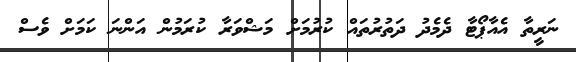
ނަރީތާ އެއާޕޯޓާ ދެމެދު ދަތުރުތައް ކުރުމަށް މަޝްވަރާ ކުރަމުން އަންނަ ކަމަށް ވެސް